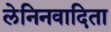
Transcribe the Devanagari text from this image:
लेनिनवादिता